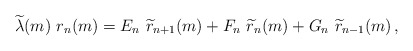
\begin{align*}\widetilde{\lambda}(m)\ r_n(m)=E_{n}\ \widetilde{r}_{n+1}(m) +F_n\ \widetilde{r}_{n}(m) +G_n\ \widetilde{r}_{n-1}(m) \,,\end{align*}